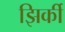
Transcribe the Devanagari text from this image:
झिर्की